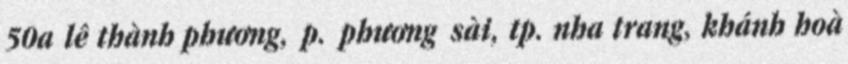
50a lê thành phương, p. phương sài, tp. nha trang, khánh hoà